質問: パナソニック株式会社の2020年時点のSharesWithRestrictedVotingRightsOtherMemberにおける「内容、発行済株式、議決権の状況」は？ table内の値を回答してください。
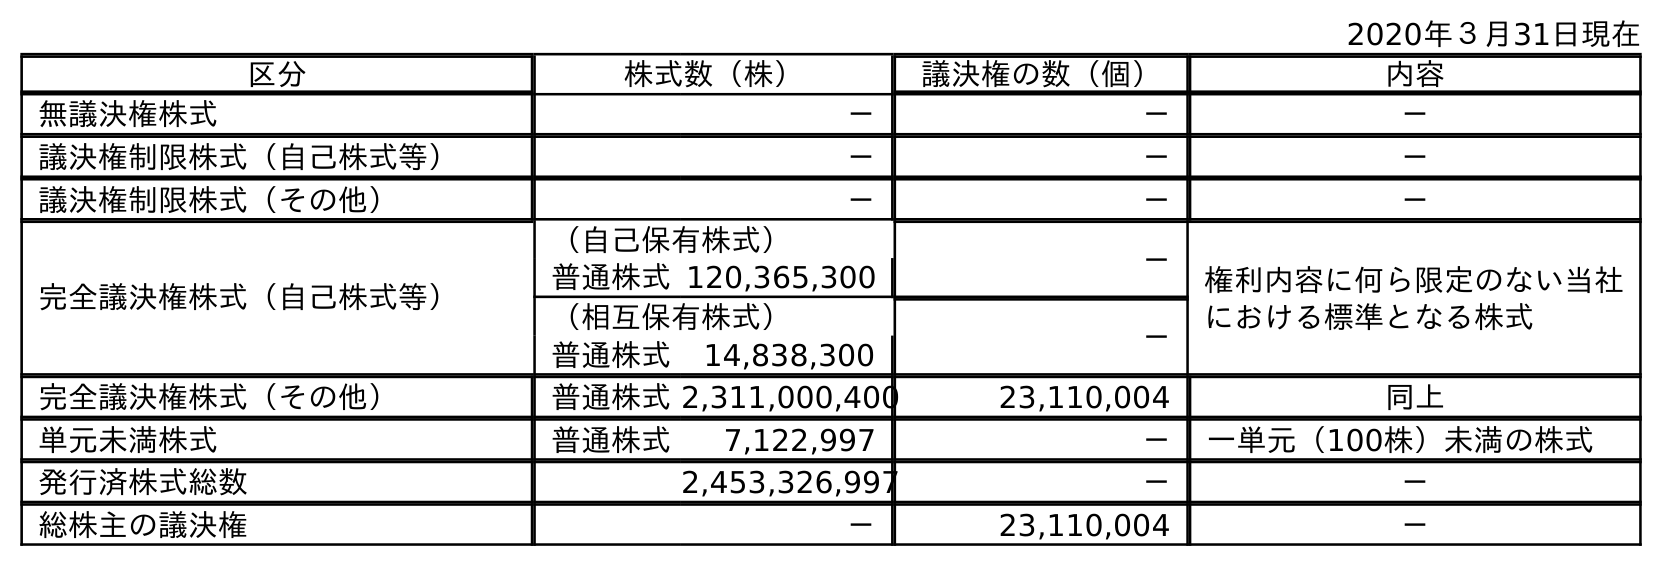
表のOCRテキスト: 2020年３月31日現在 区分 株式数（株） 議決権の数（個） 内容 無議決権株式 － － － 議決権制限株式（自己株式等） － － － 議決権制限株式（その他） － － － 完全議決権株式（自己株式等） （自己保有株式） － 権利内容に何ら限定のない当社 における標準となる株式 普通株式120,365,300 （相互保有株式） － 普通株式 14,838,300 完全議決権株式（その他） 普通株式2,311,000,400 23,110,004 同上 単元未満株式 普通株式 7,122,997 － 一単元（100株）未満の株式 発行済株式総数 2,453,326,997 － － 総株主の議決権 － 23,110,004 －
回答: －